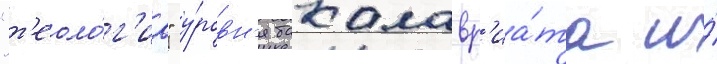
"т'еоло́г'иа" у́ровн'я бакалавр'иа́та и́